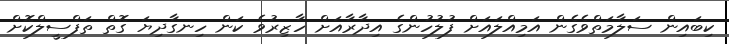
ކިބައިން ސަލާމަތްވެގެން އަމިއްލައަށް ފުލުހުންގެ އިދާރާއަށް ހާޒިރުވެ ކަން ހިނގާދިޔަ ގޮތް ތަފްސީލްކޮށް